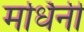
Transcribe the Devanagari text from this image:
मर्धिनी